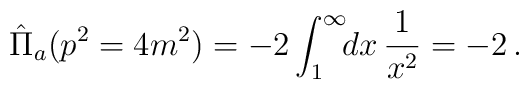
\hat{\Pi}_{a}(p^2=4m^2)=-2\int_{1}^{\infty}\!\! dx\,\frac{1}{x^2}=-2\,.